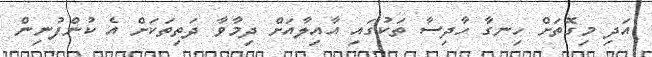
އަދި މިގޮތަށް ހިނގާ ހާދިސާ ތަކުގައި އާއިލާއަށް ދިމާވާ ދަތިތަކަށް އެ ކުންފުނިން